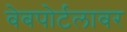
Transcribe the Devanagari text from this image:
वेबपोर्टलावर